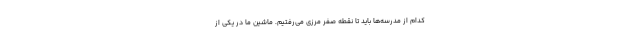
کدام از مدرسه‌ها باید تا نقطه صفر مرزی می‌رفتیم. ماشین ما در یکی از